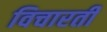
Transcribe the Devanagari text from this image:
विचारती